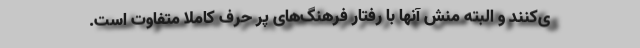
ی‌کنند و البته منش آنها با رفتار فرهنگ‌های پر حرف کاملا متفاوت است.